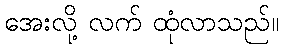
အေးလို့ လက် ထုံလာသည်။